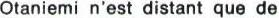
Otaniemi n'est distant que de